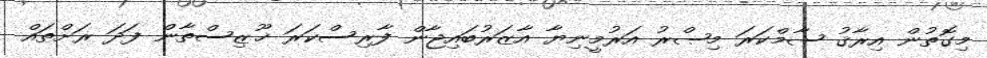
މިގޮތުން އިރާޤު ޝާމްކަރަ މިޞްރު އަރުމީނިޔާ އާޒަރުބައިޖާން ފާރިސްކަރަ ޚޫޒިސްތާން ފަދަ ރަށްތައް